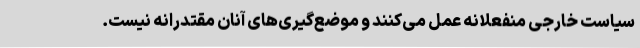
سیاست خارجی منفعلانه عمل می‌کنند و موضع‌گیری‌های آنان مقتدرانه نیست.